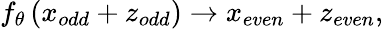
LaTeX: f_{\theta}\left(x_{odd}+z_{odd}\right)\rightarrow x_{even}+z_{even},